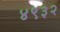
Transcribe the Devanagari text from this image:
४९३२